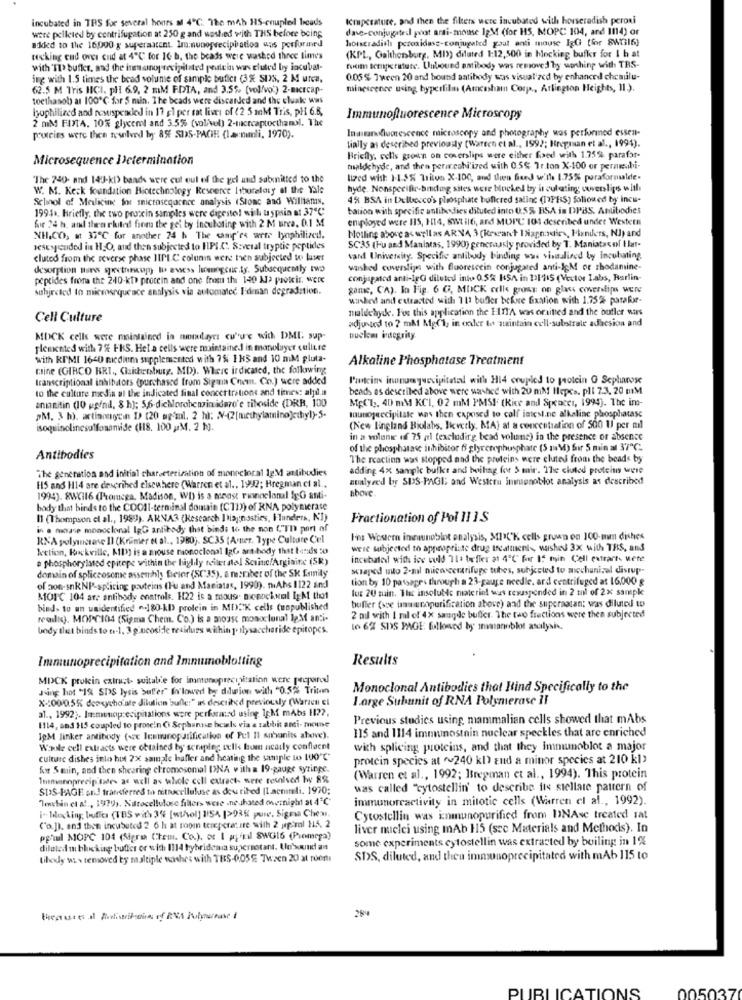
incubated in TRS for several hours af 4℃. The m4b HS-coupled breads
temperature, and then the filters were incubated with horseradish peroni
were pelleted by centrifugation at 250 g and washed with THS before being
dave-conjugated poot anti-mouse IgM (for H5, MOPC 104, and 1114) or
horseradish peroxidass-conjugated gout anti mouse IgG (for 8W316)
added to the 16,000 g superaatent. Immunoprecipitation was performed
tecking cud over cud at 4℃ for 16 b. the beads were washed three times
(KPL, Galthenburg, MIX) diluted 1:12,500 in blocking buffer for 1 h at
with 'TI buffer, and the inmonoprecipitated peutein was cluted by incubat-
tuem temperature. Unbound antibody was removed by washing with TRS-
ing with 1.5 times the bead volume of simple buticr (3 % SIS, 2 M urca,
0.05 % Tween 20 and bound antibody was visualized by enhanced chesulu-
62.5 M Tris HICI. pl 6.9, 2 mM FDTA, and 3.5%. [vol/vo') 2-micrcap-
minescence using byperlila (Amceshan Corp ., Arlington Heights, 11.).
toethanol at 100℃ for 5 min. The beads were discarded and the cluak wins
hyophilized and resuspended in 17 gl per rat lives of (2 5 mnM Tris, pH 6.8,
2 mM FINTA. 10% glycerol and 3.5% (volivet) 2-mercaptocthanol. The
Immunofluorescence Microscopy
Inanandfluorescence microscopy and photography was performed essen-
pourcies were then resplend by 8% SUS-PAGE (lammli, 1970).
tially as described previously (Warten et al ., 1992; Bregman et al ., 1991).
Microsequence Determination
Briefly, cells grown on coverslips were either fred with 1.75% parafor-
tsalde hyde, and then pericshi'ized with 0.5% 7r.ton X-100 or perneabi-
"The 740- and 140-kt) bands were cut out of the gel und submitted to the
lized wist 1-1.5% Trilvs X-100, and dien Sued w'ile 1.75% paraformalde.
W. M. Kesk foundation Biotechnology Reseerce Itboreloty af the Yale
hyde. Nonspecific-binding sites were blocked by it culating coverslips with
Sclinol of Medicine for microsequence analysis (Stone and Williams,
4% BSA in Dulbecco's phosphate buffered salinc (1)PRS) followed by incu-
1991 ., Briefly, the two protein samples were digeste! with taspsin at 37℃
tation with specific antibodies diluted into 0.5% BSA is DPBS. Antibodies
eniployed were 115, 114, 6Wtil6, and MUIL 101 described under Western
fic 24 h, and then rhited from the gei by incuboting with 2 M urca. 0.1 M
Motling above as wellas ARNA 3 (Krwant 1Napnosdir, Handlers, NJ) and
NH,CO, at 37"℃ for another 24 h The camp'es were lyophilized.
sescyjended in H.O, and then subjected to HPI.C. Several tryptic peptides
SC35 (Hu and Manlatas, 1990) generaasly provided by T. Maniatas of I lar-
cluted from the reverse phase IIPIC colunis were tien subjected to luser
vand University. Specific antibody binding was visualined by Incubating
desorption thors spectreog) to assess lasnogens.ty. Subsequently two
washed coverstips with fluorescein conjugated anti-JeM or rhodamine-
peptides frona the 240-kt> protein and one frosu thi 140 M> proteir. WEDe
conjugated anti-lgG diluted into 0.5% HSA in 11115 (Vector Labs, Berlin-
subjected to micsosrqueace analysis via automateć Eidman degradation.
game, CA). In Fig. 6 G. MOCK celle gross on glass cowerslips were
washed and extracted with 111 bufer before fixation with 1.75% parafor-
maldehyde. Fos this application the 111T'A was omitted and the bofler wars
Cell Culture
adjusted to ? mA MgCl, in oaler to maintain cell-substrate adhesion and
MOCK cells were maintained in montayrı cu'u'e with DMI sup-
nuclear integrity.
plemented with 7% FRS. Hela cells were maintainedd in manolayer culture
with KIMI 1640 nicdium supplemented with 75 1 HS and 10 miM pluta-
Alkaline Phosphatase Treatment
raine (GIRCO BRI ., Cizithrobutg, MD). Where indicated, the following
transcriptional inhibitors (purchased from Sigma Chem. Co.) were added
Proteins inunumqucvipitotal with H14 coupled to protein G Scphanose
to the culture media at the indicated final concertrations and times: alpd.in
beads as described above were washed with 20 mM! Hepc .. pll 7.3. 20 mM
aningitin (10 ggini, 8 h]: 5,6-dichlorobenzin idaro'e tifoside (DRB, 100
Mp(l ., 40 mM KCI, 02 mM PMSI (Rice and Spencer, 1994). The in-
PM. 3 h). actinomycin I (20 og'ml, 2 h): N-(2[methylamino]ethyl)-5-
tounogeccipitate was then caposed to colf intest.ne alkaline phosphatase
isoquinolinesulfonaniide (118. 100 p.M. 2 h).
(New lingland Biolabs, Beverly, MA) at a concentration of 500 U per mil
in a volone of 75 al (excludirg bead volane) in the presence or absence
of the phosphatase inhibitor 6 glyrerephusphate (5 ma M) Bir 5 min al 37℃.
Antibodies
The reaction was stopped and the proteins were eluted from the beads by
The generation and initial characterization of monoclonal 1gM antibodies
adding 4% sample bullet and boiling for 5 mir. The cluated proteins were
atalyeed by SUS-PAGES and Western immunoblot analysis as described
H5 and H14 are described elsewhere (Warren et al ., 1992; Hregman cl al ..
shove
1994). 8WCI16 (Promega, Madison, WI) is a monost rownoclonal SEG anti-
body that binds to the COOIl-terminal domain (CT13) of RNA polymerase
Il (Thompson et al ., 1989). ARNA3 (Research Diagnostics, Ilunders, NI)
Fractionation of Pol 11 1 S
in a mouse monoclonal IgG antibody that bind; to the non C'TI part of
RNA polymerase Il (Krämer et al ., 1980). SC35 |Avner. Type Culture Cel
Fns Western inmunoblot analysis, MICK cells grown on 100-mm dishes
lection, Rockville, All) is a mouse monoclonal IgC antibody that betils 50
were subjected to appropriate drug treatments, washed 3X with TRS, and
# phosphorylated cpitepe within the hiylily toilet atal Sevine/Arginine (SR)
incubated with ice cold 11a tofler at 4℃ for I5 min Cell extrarts uete
domain of spliceosome assenhly Bielor (SC35), & nesriber of the SK Emmily
scraped mito 2-mil micoscerarifuge tubes, subjected to mechanical disrup-
tion by 10 passages through a 23-gauge needle. ard centrifuged at 16,000 g
of son-snkNP-splicing pouteins (Hu and Maniatas, 1990). niAhs 1122 and]
los 20 suin. The insolutde materint was texaspended in 2 ml of 2x sample
M101℃ 104 are antibody enatrols. H22 is a mouse menochwil Ig thof
bind> to un unidentified ^180-kD) prolein in MICK cells (unpublished
buffer (see ummuropurification above) and the superaatan: was diluted to
walkc). MOPC104 (Sigma Chem. Co.) is a mouse monoclonal IpM anti-
2 nul with I ml of 4X saugde buffer. The two frections were then subjected
body tlust binds to th-1, 3 g'ocoside residues within polysaccharide epitopes.
10 6% SDS PAGE followed by invanoblot analysis.
Immunoprecipitation and Immunoblotting
Results
MICK protein extract- suitable for immonoprecipitation were prepared
Jing hot "1% SDS lysis Suffer" In'lowed by ddwion with "0.5% Triton
Monoclonal Antibodies that Bind Specifically to the
X -: 00/0.5% deoxycholale dilution bulle:" as described previously (Warzen El
I.orge Subunit of RNA Polymerase II
al ., 1992 ;. Immunoprecipitations were performed using 1;M mAbs 1122.
Previous studies using mammalian cells showed that mAbs
1114, and 115 coupled to prosein Ci Sephanne bcals via a rabbit anti- mome
115 and 1114 imnumnostain nuclear speckles that are enriched
IpM linker antibody (scc Immunopurification of Pul Il subunits above).
Wadle cell extracts were obtained by seraple cells from nearly confløent
with splicing proteins, and that they Imnumoblot a major
culture dishes into hot 2x sainale hafler and heating the sample to 100"℃"
protein species at "~240 k1) zud a minor species at 210 kl>
Awr S miin, and then shearing chromosomal INA with a 19-gauge syringe.
Immannprecip tales as well as whole cell extract, were resolved by 8%
(Warren et al ., 1992; Bregman et al ., 1994). This protein
SIIS-PAGE and transferred to nittcelluluse as dou ribed [1 aeniteli. 1970;
was called "cytostellin' to describe its siellate pattern of
Tensbin et al ., 1979). Natocellulose filters wese .ne shared owesnight at 4℃
immunoreactivity in mitotic cells (Warren el al ., 1992).
i. Moving buffer (18S with 3% [wthol] 1:54 |>935 puse. Signa Chear.
Cytostellin was inmunopurified from DNAse treated sat
Co.]). and then incubated 2 6 h at room temperature with 2 jp-ml 15. 2
liver nuclei using mAb 15 (src Materials and Methods). In
po'il MOPC 104 (Sigre Ctem. Co.), or I piftil SWG16 (Promega)
some experiments cytostellin was extrasted by boiling in 1%
dilated mi ble king butter or with 1114 hybrideaa supernotant. Un'sound an
tibody wi w removed by multiple washes with TES-0,05% Twzen 20 at roen
SDS, diluted, and then immunoprecipitated with mAb 115 to
005037
PUBLICATIONS